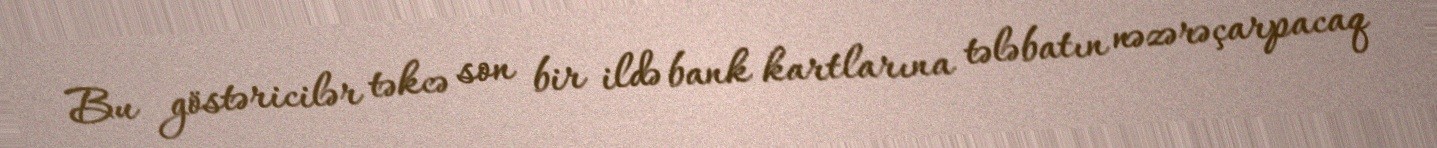
Bu göstəricilər təkcə son bir ildə bank kartlarına tələbatın nəzərəçarpacaq